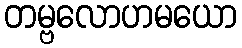
တမ္ဗလောဟမယော